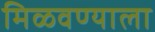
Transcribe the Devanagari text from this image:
मिळवण्याला